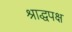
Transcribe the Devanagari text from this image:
श्राद्धपक्ष